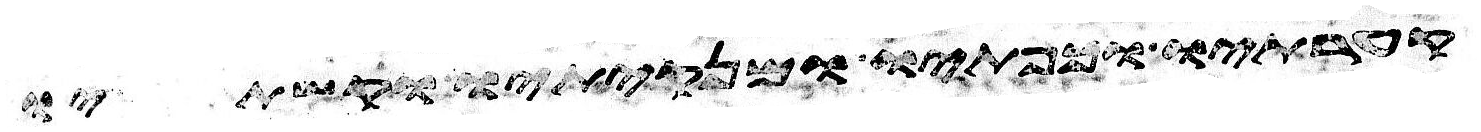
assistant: קערתיו וכפתיו ומנקיתיו וקשתיו